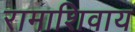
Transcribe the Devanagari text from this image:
रामाशिवाय